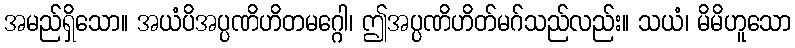
အမည်ရှိသော။ အယံပိအပ္ပဏိဟိတမဂ္ဂေါ၊ ဤအပ္ပဏိဟိတ်မဂ်သည်လည်း။ သယံ၊ မိမိဟူသော